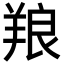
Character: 羪